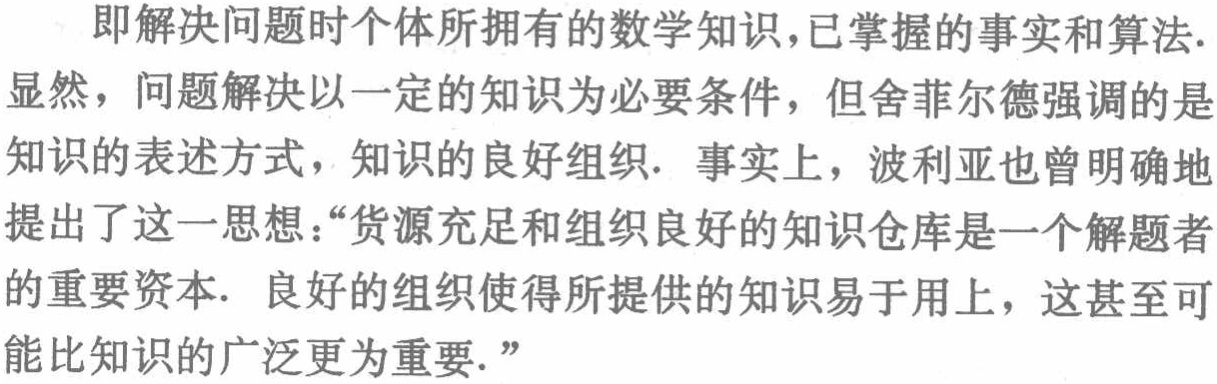
即解决问题时个体所拥有的数学知识，已掌握的事实和算法. 显然，问题解决以一定的知识为必要条件，但舍菲尔德强调的是知识的表述方式，知识的良好组织. 事实上，波利亚也曾明确地提出了这一思想：“货源充足和组织良好的知识仓库是一个解题者的重要资本. 良好的组织使得所提供的知识易于用上，这甚至可能比知识的广泛更为重要.”